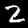
Label: 2